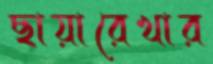
ছায়ারেখার